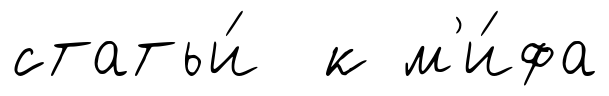
статьи́ к м'и́фа